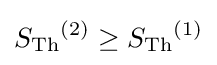
{S_{\text{Th}}}^{(2)}\geq {S_{\text{Th}}}^{(1)}